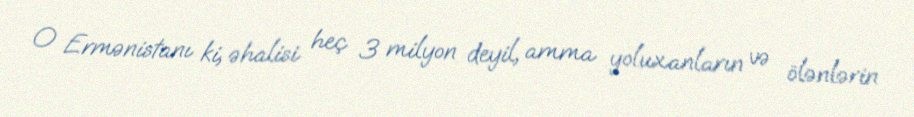
O Ermənistanı ki, əhalisi heç 3 milyon deyil, amma yoluxanların və ölənlərin